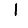
Digit: 1